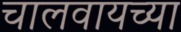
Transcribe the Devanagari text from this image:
चालवायच्या